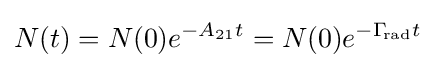
N(t)=N(0)e^{-A_{21}t}=N(0)e^{-\Gamma _{\!{\text{rad}}}t}